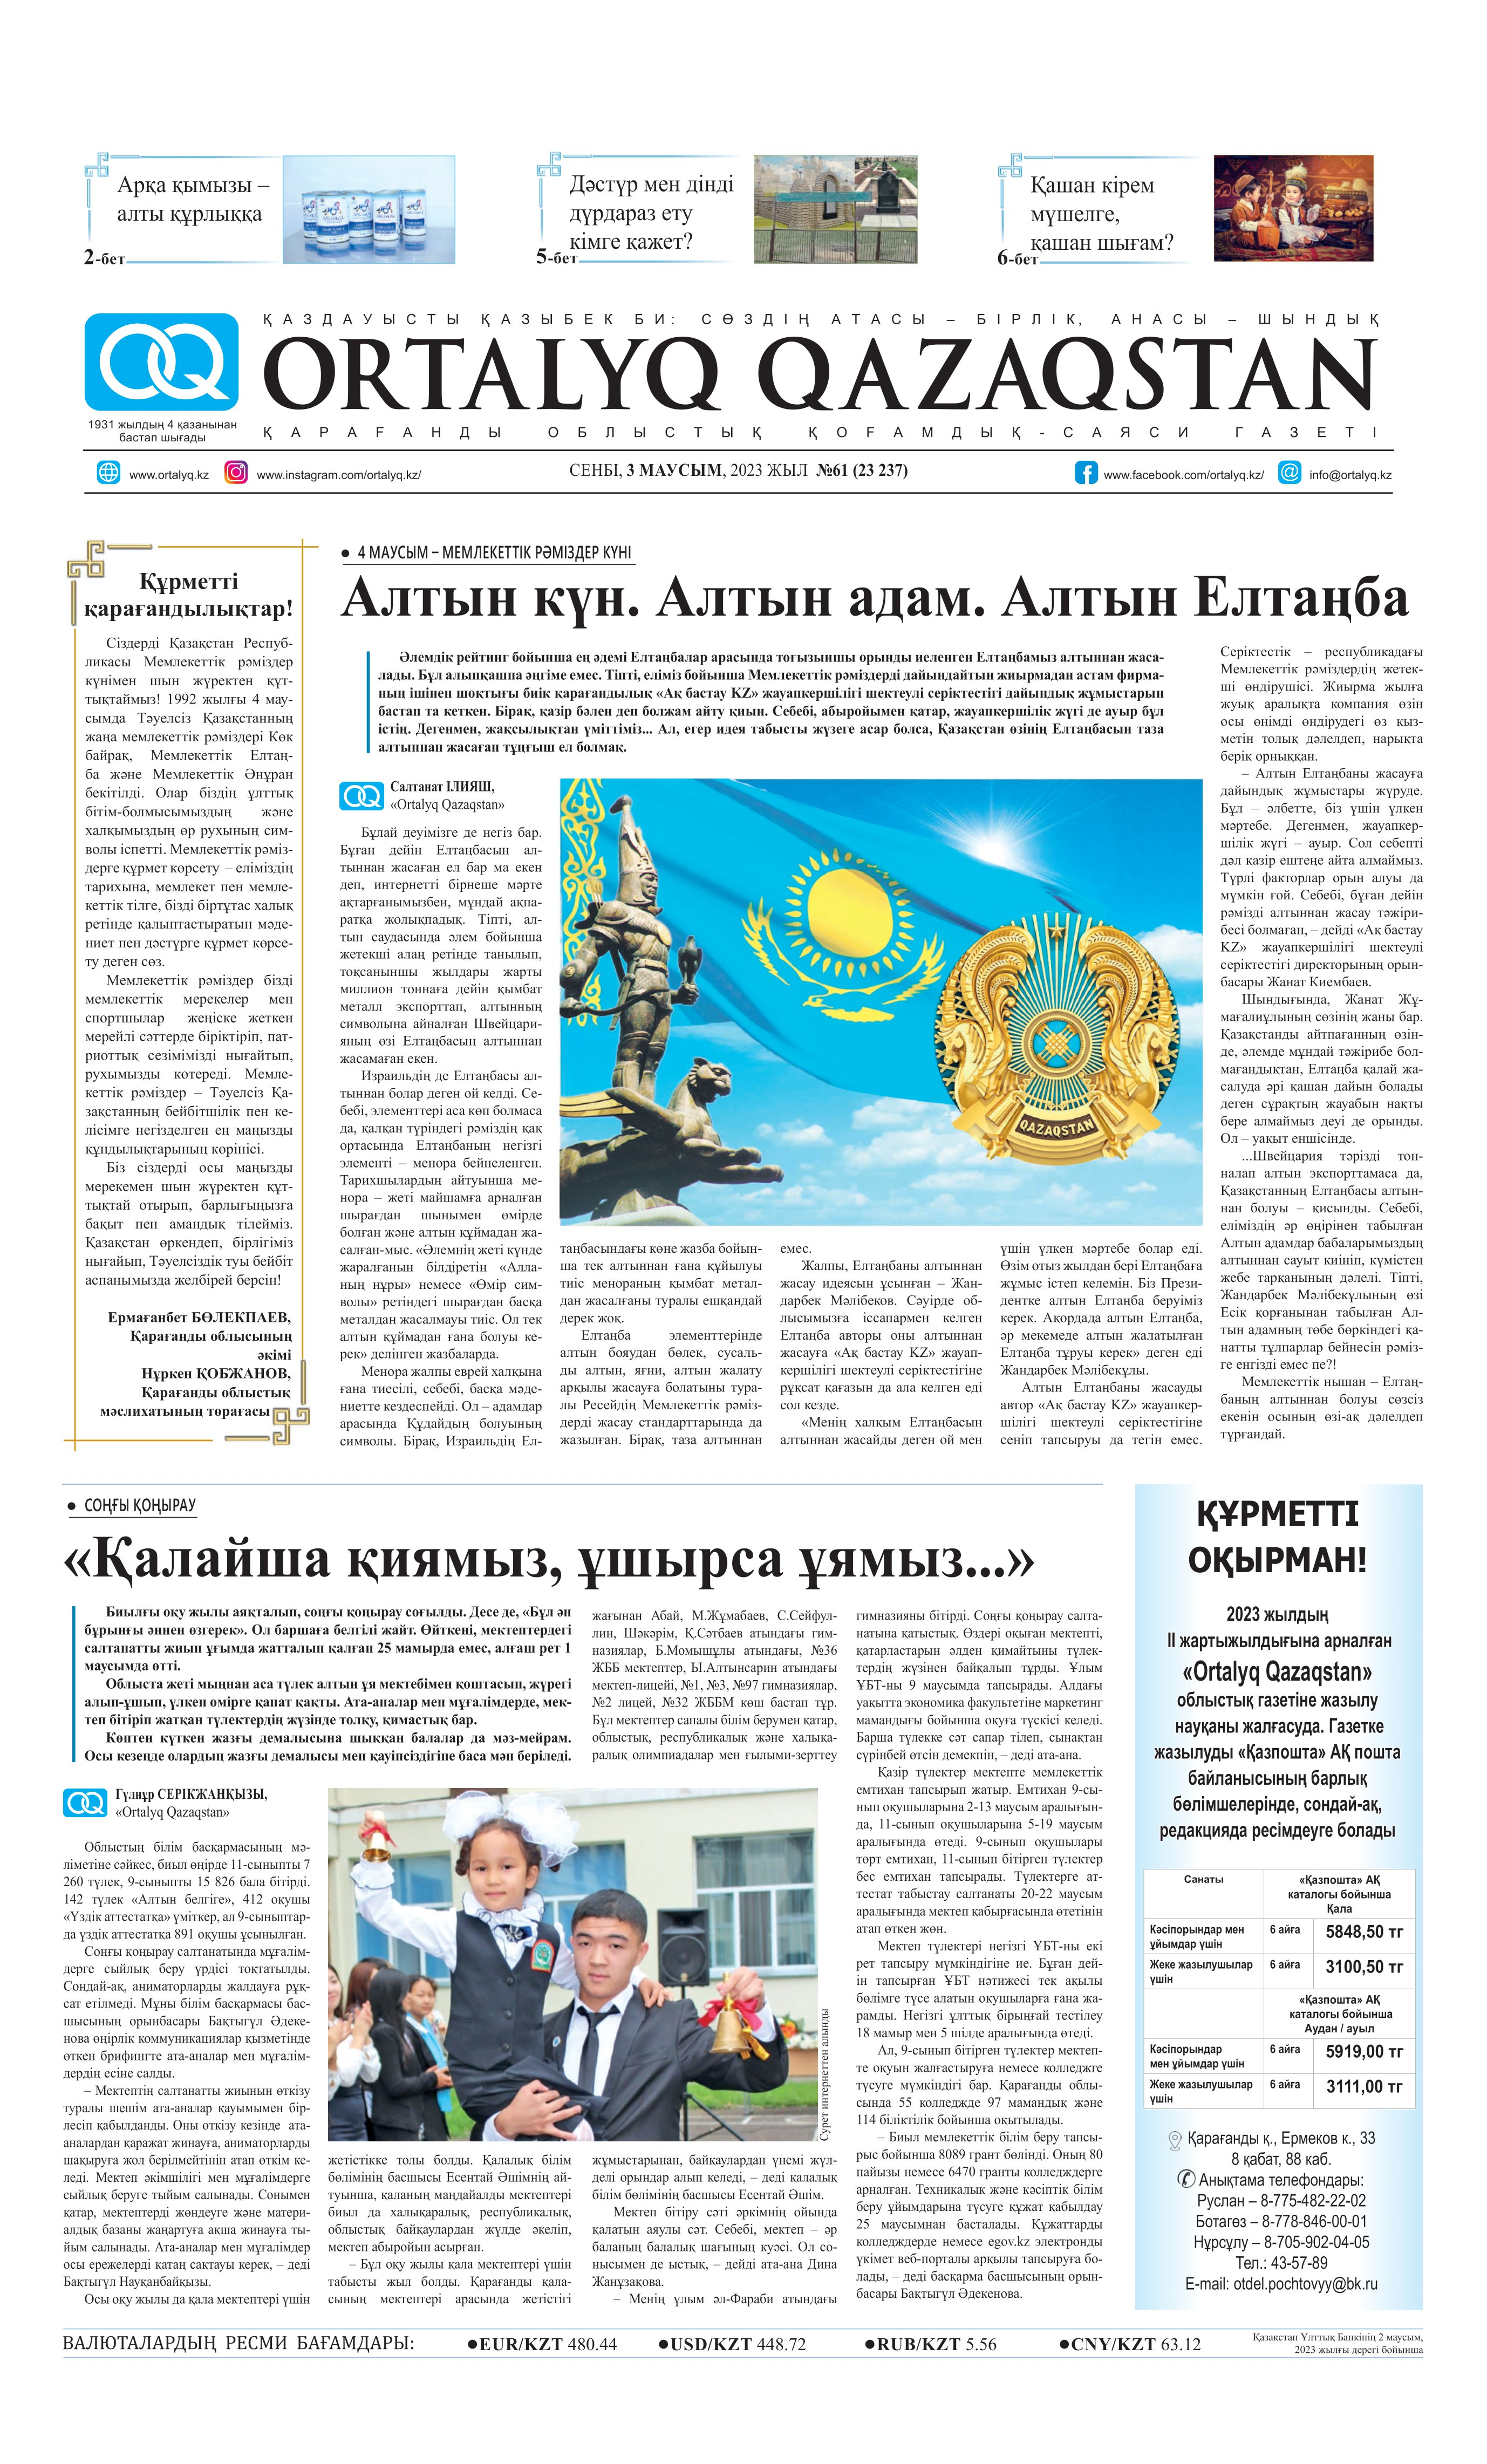
Language: kk